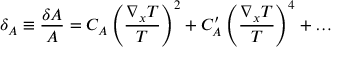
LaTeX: \delta _ { \cal A } \equiv { \frac { \delta { \cal A } } { \cal A } } = C _ { \cal A } \left( \frac { \nabla _ { x } T } { T } \right) ^ { 2 } + C _ { \cal A } ^ { \prime } \left( \frac { \nabla _ { x } T } { T } \right) ^ { 4 } + \ldots